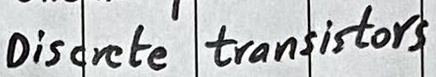
Text: Discrete transistors